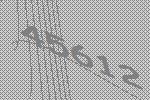
45612